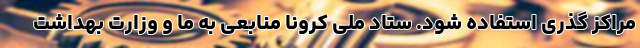
مراکز گذری استفاده شود. ستاد ملی کرونا منابعی به ما و وزارت بهداشت